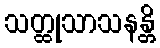
သတ္ထုသာသနန္တိ